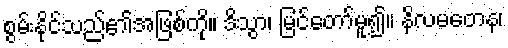
စွမ်းနိုင်သည်၏အဖြစ်ကို။ ဒိသွာ၊ မြင်တော်မူ၍။ နိလမတေန၊